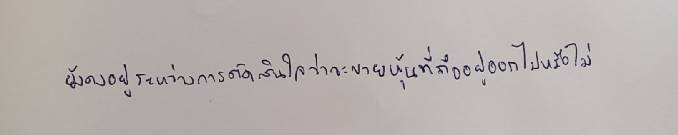
ยังคงอยู่ระหว่างการตัดสินใจว่าจะขายหุ้นที่ถืออยู่ออกไปหรือไม่